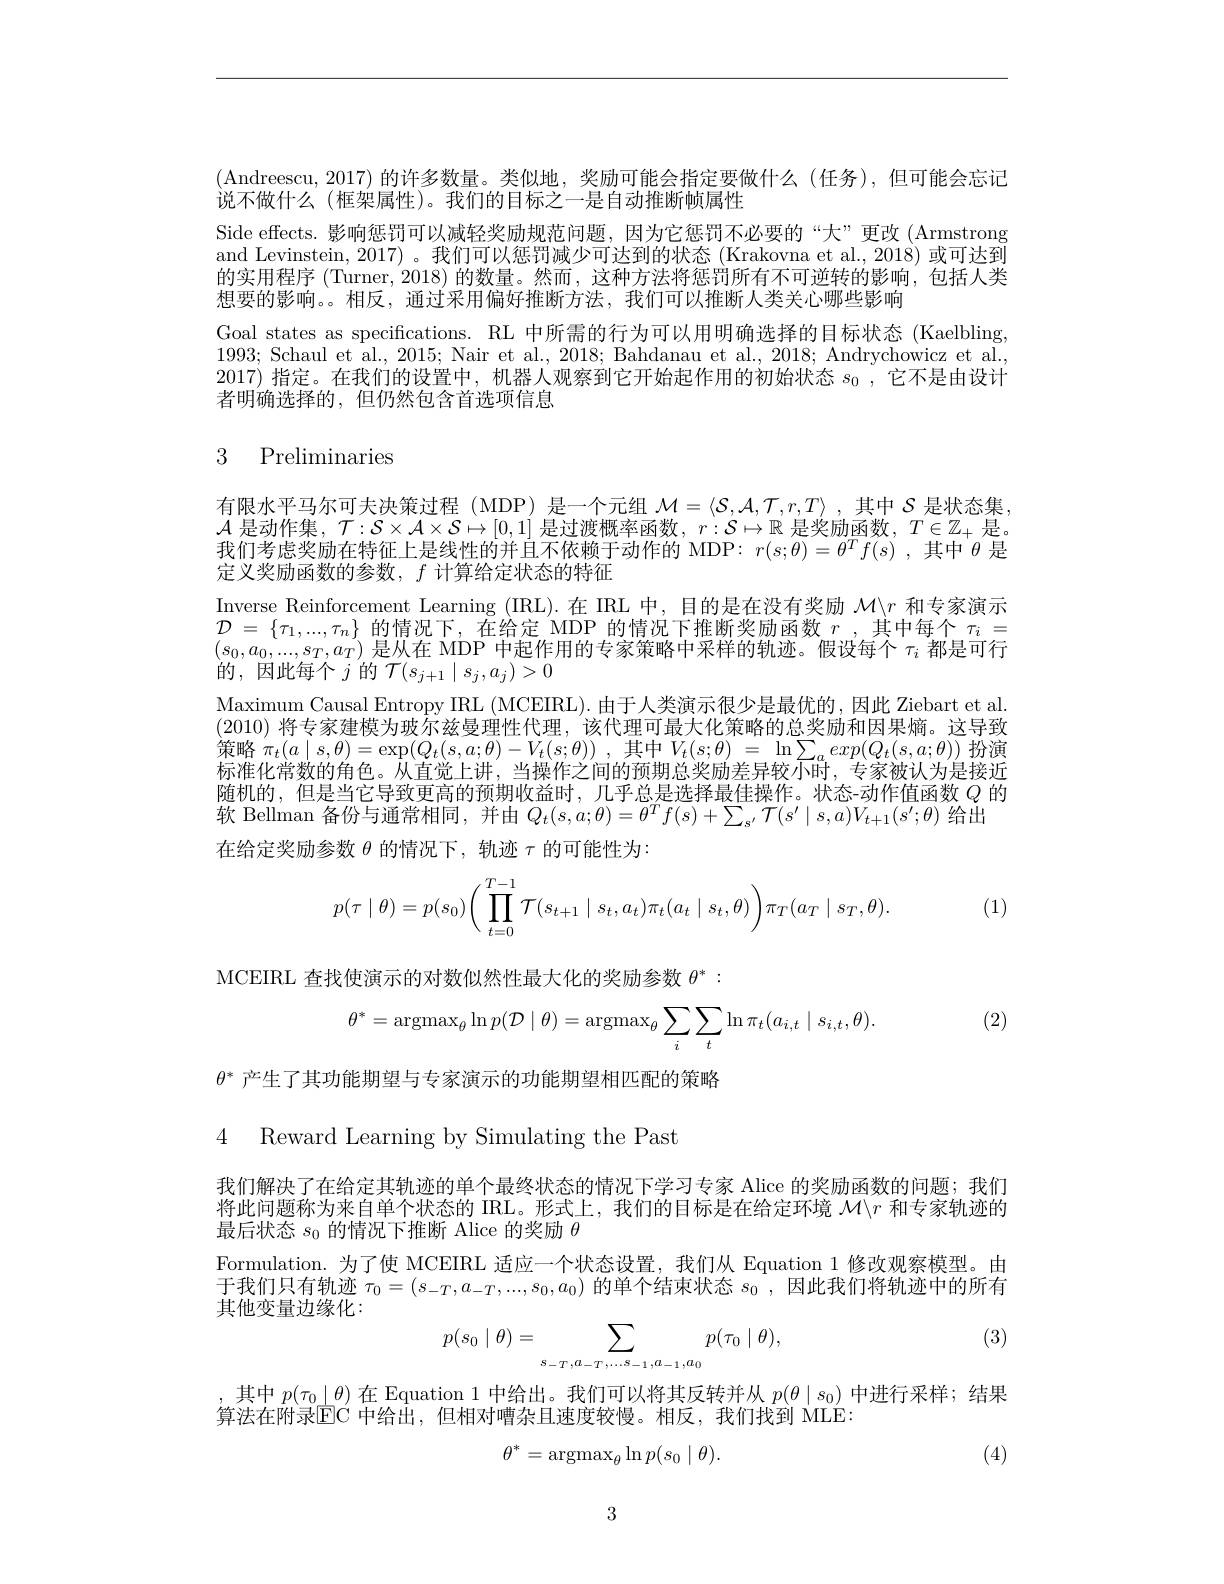
(Andreescu,2017)的许多数量。类似地，奖励可能会指定要做什么(任务),但可能会忘记
说不做什么(框架属性)。我们的目标之一是自动推断帧属性
Side effects. 影响惩罚可以减轻奖励规范问题，因为它惩罚不必要的“大”更改(Armstrong and Levinstein, 2017) 。我们可以惩罚减少可达到的状态 (Krakovna et al., 2018) 或可达到的实用程序 (Turner, 2018) 的数量。然而，这种方法将惩罚所有不可逆转的影响，包括人类想要的影响。。相反，通过采用偏好推断方法，我们可以推断人类关心哪些影响
Goal states as specifications. RL 中所需的行为可以用明确选择的目标状态 (Kaelbling, 1993; Schaul et al., 2015; Nair et al., 2018; Bahdanau et al., 2018; Andrychowicz et al. 2017) 指定。在我们的设置中，机器人观察到它开始起作用的初始状态$s_0$,它不是由设计者明确选择的，但仍然包含首选项信息

# 3 Preliminaries

有限水平马尔可夫决策过程 (MDP) 是一个元组$\mathcal{M}=\langle\mathcal{S},\mathcal{A},\mathcal{T},r,T\rangle$ ,其中$\mathcal{S}$是状态集， $\mathcal{A}$是动作集，$\mathcal{T}:\mathcal{S}\times\mathcal{A}\times\mathcal{S}\mapsto[0,1]$是过渡概率函数，$r:\mathcal{S}\mapsto\mathbb{R}$是奖励函数，$T\in\mathbb{Z}_+$是。我们考虑奖励在特征上是线性的并且不依赖于动作的 MDP: $r(s;\theta)=\theta^Tf(s)$ ,其中$\theta$是定义奖励函数的参数，$f$计算给定状态的特征
Inverse Reinforcement Learning (IRL).在 IRL 中，目的是在没有奖励$\mathcal{M}\backslash r$和专家演示$\mathcal{D}=\{\tau_{1},...,\tau_{n}\}$的情况下，在给定 MDP 的情况下推断奖励函数$r$,其中每个$\tau_i=$ $s_0,a_0,...,s_T,a_T)$是从在 MDP 中起作用的专家策略中采样的轨迹。假设每个$\tau_i$都是可行的，因此每个$j$ 的 $\mathcal{T}(s_j+1\mid s_j,a_j)>0$
Maximum Causal Entropy IRL (MCEIRL).由于人类演示很少是最优的，因此 Ziebart et al (2010)将专家建模为玻尔兹曼理性代理，该代理可最大化策略的总奖励和因果熵。这导致策略$\pi _t( a\mid s, \theta ) = \exp ( Q_t( s, a; \theta ) - V_t( s; \theta ) )$ ,其中$V_t(s;\theta)=\ln\sum_aexp(Q_t(s,a;\theta))$ 扮演标准化常数的角色。从直觉上讲，当操作之间的预期总奖励差异较小时，专家被认为是接近随机的，但是当它导致更高的预期收益时，几乎总是选择最佳操作。状态-动作值函数$Q$的软 Bellman 备份与通常相同，并由$Q_t(s,a;\theta)=\theta^Tf(s)+\sum_{s^{\prime}}\mathcal{T}(s^{\prime}\mid s,a)V_{t+1}(s^{\prime};\theta)$给出
在给定奖励参数$\theta$的情况下，轨迹$\tau$的可能性为：
$$p(\tau\mid\theta)=p(s_0)\Big(\prod\limits_{t=0}^{T-1}\mathcal{T}(s_{t+1}\mid s_t,a_t)\pi_t(a_t\mid s_t,\theta)\Big)\pi_T(a_T\mid s_T,\theta).$$
(1)

MCEIRL 查找使演示的对数似然性最大化的奖励参数$\theta^*:$
$$\theta^*=\operatorname{argmax}_\theta\ln p(\mathcal{D}\mid\theta)=\operatorname{argmax}_\theta\sum_i\sum_t\ln\pi_t(a_{i,t}\mid s_{i,t},\theta).$$
(2)

$\theta^*$产生了其功能期望与专家演示的功能期望相匹配的策略

4 Reward Learning by Simulating the Past

我们解决了在给定其轨迹的单个最终状态的情况下学习专家 Alice 的奖励函数的问题；我们将此问题称为来自单个状态的 IRL。形式上，我们的目标是在给定环境$\mathcal{M}\backslash r$和专家轨迹的最后状态$s_0$的情况下推断 Alice 的奖励$\theta$
Formulation. 为了使 MCEIRL 适应一个状态设置，我们从 Equation 1 修改观察模型。由于我们只有轨迹$\tau_0=(s_{-T},a_{-T},...,s_0,a_0)$的单个结束状态$s_0$ ,因此我们将轨迹中的所有其他变量边缘化：

(3)
$$p(s_0\mid\theta)=\sum_{s_{-T},a_{-T},\ldots s_{-1},a_{-1},a_0}p(\tau_0\mid\theta),$$
其中$p(\tau_0\mid\theta)$在 Equation 1 中给出。我们可以将其反转并从$p(\theta\mid s_0)$中进行采样；结果
算法在附录$\boxed{\mathrm{EC}}$ 中给出，但相对嘈杂且速度较慢。相反，我们找到 MLE:
$$\theta^*=\operatorname{argmax}_\theta\ln p(s_0\mid\theta).$$
(4)

3